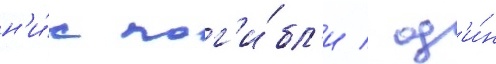
н'и́х пог'и́бл'и / од'и́н